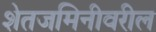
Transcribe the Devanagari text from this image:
शेतजमिनीवरील